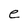
Character: e